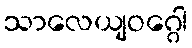
သာလေယျဝဂ္ဂေါ